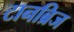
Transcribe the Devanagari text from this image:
टानब्रिज